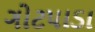
ગોટપાડા